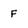
Character: F